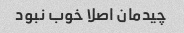
چیدمان اصلا خوب نبود